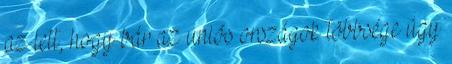
az lett, hogy bár az uniós országok többsége úgy